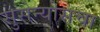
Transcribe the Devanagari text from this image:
सुसेन्योसचा